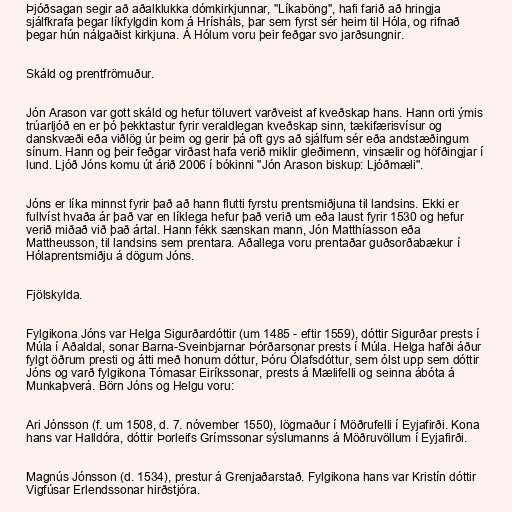
Þjóðsagan segir að aðalklukka dómkirkjunnar, "Líkaböng", hafi farið að hringja
sjálfkrafa þegar líkfylgdin kom á Hrísháls, þar sem fyrst sér heim til Hóla, og rifnað
þegar hún nálgaðist kirkjuna. Á Hólum voru þeir feðgar svo jarðsungnir.

Skáld og prentfrömuður.

Jón Arason var gott skáld og hefur töluvert varðveist af kveðskap hans. Hann orti ýmis
trúarljóð en er þó þekktastur fyrir veraldlegan kveðskap sinn, tækifærisvísur og
danskvæði eða viðlög úr þeim og gerir þá oft gys að sjálfum sér eða andstæðingum
sínum. Hann og þeir feðgar virðast hafa verið miklir gleðimenn, vinsælir og höfðingjar í
lund. Ljóð Jóns komu út árið 2006 í bókinni "Jón Arason biskup: Ljóðmæli".

Jóns er líka minnst fyrir það að hann flutti fyrstu prentsmiðjuna til landsins. Ekki er
fullvíst hvaða ár það var en líklega hefur það verið um eða laust fyrir 1530 og hefur
verið miðað við það ártal. Hann fékk sænskan mann, Jón Matthíasson eða
Mattheusson, til landsins sem prentara. Aðallega voru prentaðar guðsorðabækur í
Hólaprentsmiðju á dögum Jóns.

Fjölskylda.

Fylgikona Jóns var Helga Sigurðardóttir (um 1485 - eftir 1559), dóttir Sigurðar prests í
Múla í Aðaldal, sonar Barna-Sveinbjarnar Þórðarsonar prests í Múla. Helga hafði áður
fylgt öðrum presti og átti með honum dóttur, Þóru Ólafsdóttur, sem ólst upp sem dóttir
Jóns og varð fylgikona Tómasar Eiríkssonar, prests á Mælifelli og seinna ábóta á
Munkaþverá. Börn Jóns og Helgu voru:

Ari Jónsson (f. um 1508, d. 7. nóvember 1550), lögmaður í Möðrufelli í Eyjafirði. Kona
hans var Halldóra, dóttir Þorleifs Grímssonar sýslumanns á Möðruvöllum í Eyjafirði.

Magnús Jónsson (d. 1534), prestur á Grenjaðarstað. Fylgikona hans var Kristín dóttir
Vigfúsar Erlendssonar hirðstjóra.